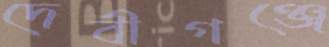
দেবীগঞ্জে